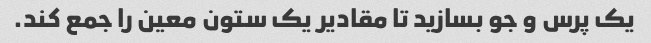
یک پرس و جو بسازید تا مقادیر یک ستون معین را جمع کند.